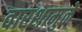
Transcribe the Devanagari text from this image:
वारशामुळे